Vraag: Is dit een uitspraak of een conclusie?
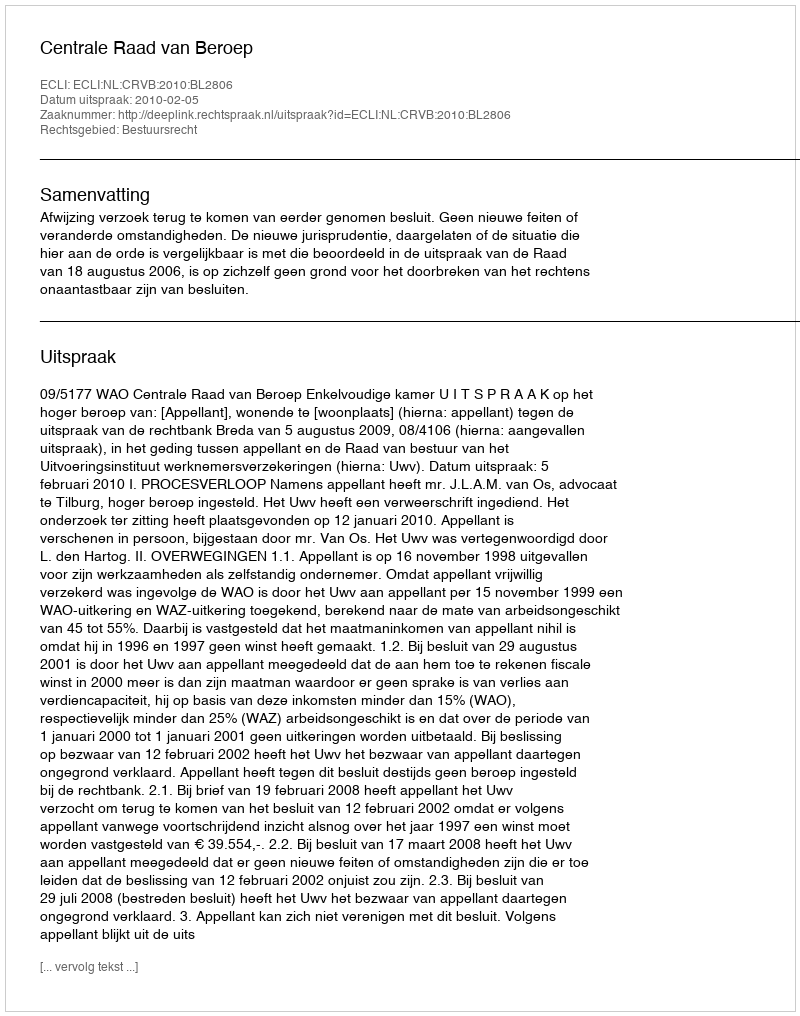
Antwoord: Uitspraak